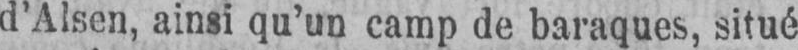
d’Alsen, ainsi qu’un camp de baraques, situé